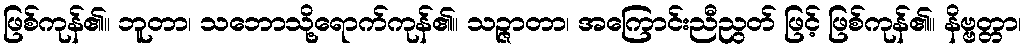
ဖြစ်ကုန်၏။ ဘူတာ၊ သဘောသို့ရောက်ကုန်၏။ သဉ္ဇာတာ၊ အကြောင်းညီညွတ် ဖြင့် ဖြစ်ကုန်၏။ နိဗ္ဗတ္တာ၊